On the morphology, teratology, and diclinism of the flowers of cannabis - Number 12
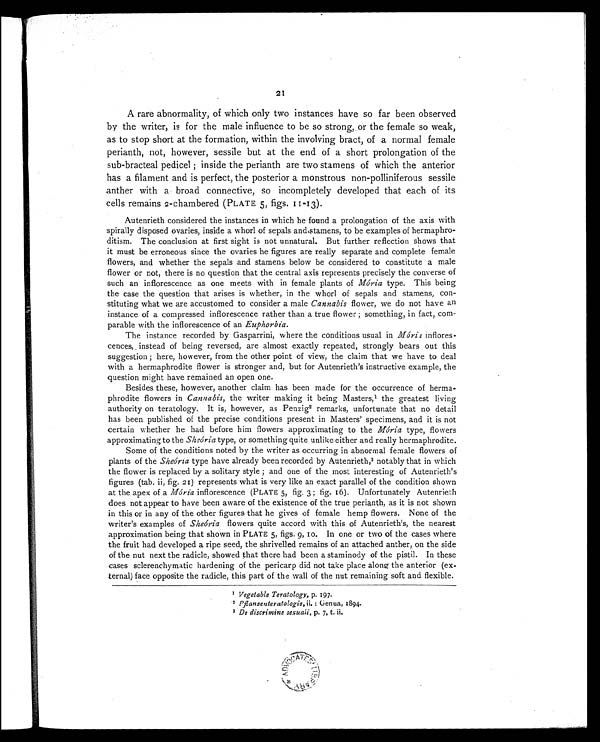
21
A rare abnormality, of which only two instances have so far been observed
by the writer, is for the male influence to be so strong, or the female so weak,
as to stop short at the formation, within the involving bract, of a normal female
perianth, not, however, sessile but at the end of a short prolongation of the
sub-bracteal pedicel ; inside the perianth are two stamens of which the anterior
has a filament and is perfect, the posterior a monstrous non-polliniferous sessile
anther with a broad connective, so incompletely developed that each of its
cells remains 2-chambered (PLATE 5, figs. 11-13).
Autenrieth considered the instances in which he found a prolongation of the axis with
spirally disposed ovaries, inside a whorl of sepals and stamens, to be examples of hermaphro-
ditism. The conclusion at first sight is not unnatural. But further reflection shows that
it must be erroneous since the ovaries he figures are really separate and complete female
flowers, and whether the sepals and stamens below be considered to constitute a male
flower or not, there is no question that the central axis represents precisely the converse of
such an inflorescence as one meets with in female plants of Mória type. This being
the case the question that arises is whether, in the whorl of sepals and stamens, con-
stituting what we are accustomed to consider a male Cannabis flower, we do not have an
instance of a compressed inflorescence rather than a true flower ; something, in fact, com-
parable with the inflorescence of an Euphorbia.
The instance recorded by Gasparrini, where the conditions usual in Mória inflores-
cences, instead of being reversed, are almost exactly repeated, strongly bears out this
suggestion ; here, however, from the other point of view, the claim that we have to deal
with a hermaphrodite flower is stronger and, but for Autenrieth's instructive example, the
question might have remained an open one.
Besides these, however, another claim has been made for the occurrence of herma-
phrodite flowers in Cannabis, the writer making it being Masters,1 the greatest living
authority on teratology. It is, however, as Penzig2 remarks, unfortunate that no detail
has been published of the precise conditions present in Masters' specimens, and it is not
certain whether he had before him flowers approximating to the Mória type, flowers
approximating to the Sheória type, or something quite unlike either and really hermaphrodite.
Some of the conditions noted by the writer as occurring in abnormal female flowers of
plants of the Sheória type have already been recorded by Autenrieth, 3 notably that in which
the flower is replaced by a solitary style ; and one of the most interesting of Autenrieth's
figures (tab. ii, fig. 21) represents what is very like an exact parallel of the condition shown
at the apex of a Aidria inflorescence (PLATE 5, fig. 3 ; fig. 16). Unfortunately Autenrieth
does not appear to have been aware of the existence of the true perianth, as it is not shown
in this or in any of the other figures that he gives of female hemp flowers. None of the
writer's examples of Sheória flowers quite accord with this of Autenrieth's, the nearest
approximation being that shown in PLATE 5, figs. 9, 10. In one or two of the cases where
the fruit had developed a ripe seed, the shrivelled remains of an attached anther, on the side
of the nut next the radicle, showed that there had been a staminody of the pistil. In these
cases sclerenchymatic hardening of the pericarp did not take place along the anterior (ex-
ternal) face opposite the radicle, this part of the wall of the nut remaining soft and flexible.
1 Vegetable Teratology, p. 197.
2
P f l a n s e n t e r a t o l o g i e ,
i i
.
:
Genua, 1894.
3 De discrimine sexuali, p. 7, t. ii.
•